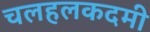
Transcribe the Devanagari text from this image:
चलहलकदमी